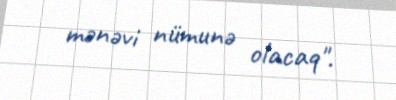
mənəvi nümunə olacaq".